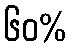
၆၀%